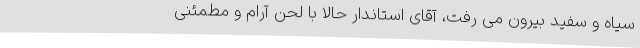
سیاه و سفید بیرون می رفت، آقای استاندار حالا با لحن آرام و مطمئنی